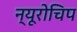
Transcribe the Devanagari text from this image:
न्यूरोचिप